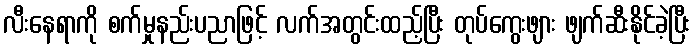
လီးနေရာကို စက်မှုနည်းပညာဖြင့် လက်အတွင်းထည့်ပြီး တုပ်ကွေးဖျား ဖျက်ဆီးနိုင်ခဲ့ပြီး